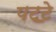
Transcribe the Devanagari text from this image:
पट॒टे